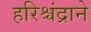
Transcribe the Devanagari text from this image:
हरिश्चंद्राने